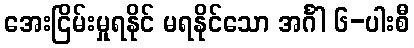
အေးငြိမ်းမှုရနိုင် မရနိုင်သော အင်္ဂါ ၆-ပါးစီ